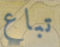
تباع